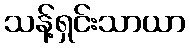
သန့်ရှင်းသာယာ